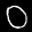
Digit: 0